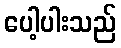
ပေါ့ပါးသည်